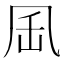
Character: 𠙄